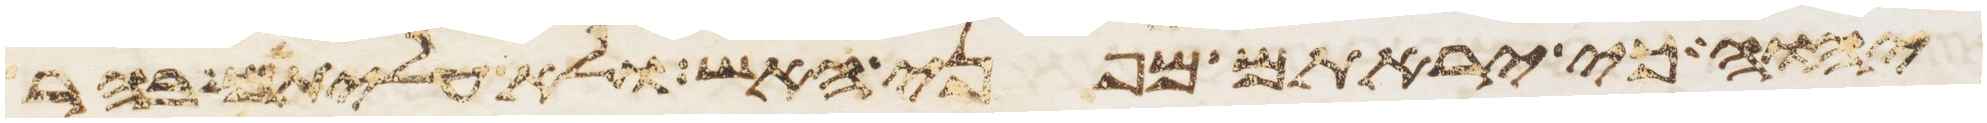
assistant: יהוה כי יראתם מפני האש ולא עליתם בהר